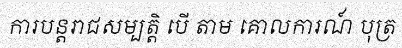
ការបន្តរាជសម្បត្តិ បើ តាម គោលការណ៍ បុត្រ